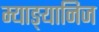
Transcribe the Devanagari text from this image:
म्याङ्यानिज